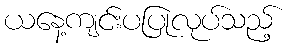
ယနေ့ကျင်းပပြုလုပ်သည့်